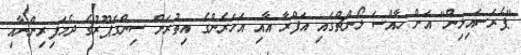
"ޕެރަސައިލިން" އަށް ހާއްސަ ލޯންޗްގައި އަފްރާ އާއި އަހަރެންގެ އިތުރަށް ސިންގަޕޫރުގެ ދެމަފިރިންނާއި